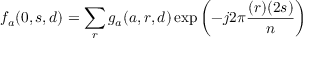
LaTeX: f _ { a } ( 0 , s , d ) = \sum _ { r } g _ { a } ( a , r , d ) \exp \left( - j 2 \pi { \frac { ( r ) ( 2 s ) } { n } } \right)